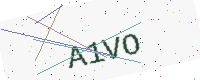
Text: A1VO